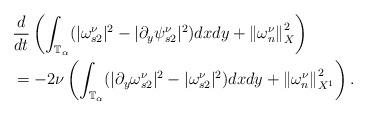
LaTeX: \begin{align*}\ \ & \frac{d}{dt}\left( \int_{\mathbb{T}_{\alpha}}(|\omega_{s2}^{\nu}|^{2}-|\partial_{y}\psi_{s2}^{\nu}|^{2})dxdy+\left\Vert \omega_{n}^{\nu}\right\Vert _{X}^{2}\right) \\& =-2\nu\left( \int_{\mathbb{T}_{\alpha}}(|\partial_{y}\omega_{s2}^{\nu}|^{2}-|\omega_{s2}^{\nu}|^{2})dxdy+\left\Vert \omega_{n}^{\nu}\right\Vert_{X^{1}}^{2}\right) .\end{align*}